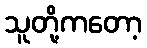
သူတို့ကတော့